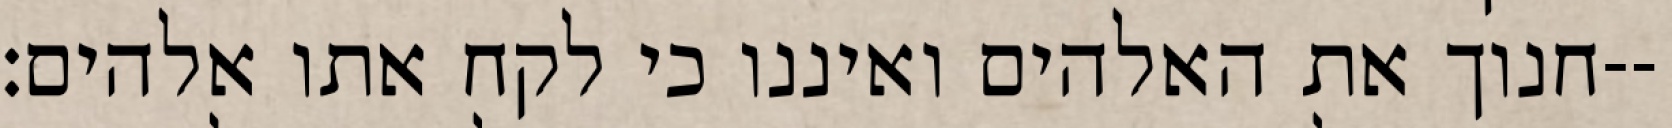
חנוך את האלהים ואיננו כי לקח אתו אלהים׃--